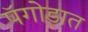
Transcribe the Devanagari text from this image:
पॅगोडात